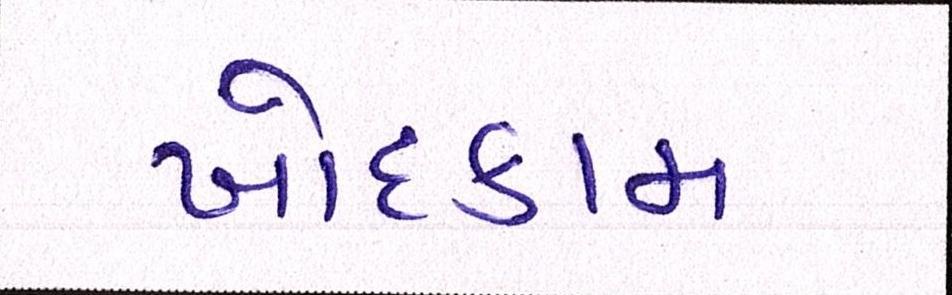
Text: ખોદકામ